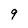
Character: 9